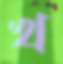
খ